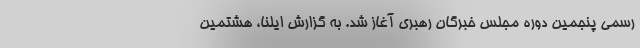
رسمی پنجمین دوره مجلس خبرگان رهبری آغاز شد. به گزارش ایلنا، هشتمین